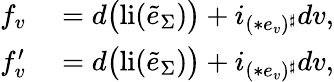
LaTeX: \begin{array}{rl}{f_{v}}&{{}=d\big(\mathrm{li}(\tilde{e}_{\Sigma})\big)+i_{(\ast e_{v})^{\sharp}}dv,}\\ {f_{v}^{\prime}}&{{}=d\big(\mathrm{li}(\tilde{e}_{\Sigma})\big)+i_{(\ast e_{v})^{\sharp}}dv,}\end{array}